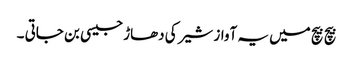
بیچ بیچ میں یہ آواز شیر کی دھاڑ جیسی بن جاتی ۔